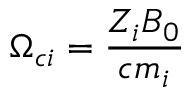
\Omega _ { c i } = \frac { Z _ { i } B _ { 0 } } { c m _ { i } }